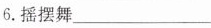
6.摇摆舞___